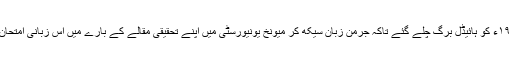
کیمبرج سے بی اے کرنے کے بعد جولائی ١٩٠۷ء کو ہائیڈل برگ چلے گئے تاکہ جرمن زبان سیکھ کر میونخ یونیورسٹی میں اپنے تحقیقی مقالے کے بارے میں اس زبانی امتحان کی تیاری ہو جائے جو اسی زبان میں ہوتا تھا۔